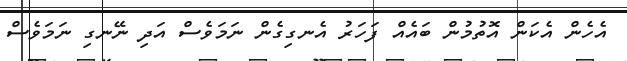
އެހެން އެކަން އޮތުމުން ބައެއް ފަހަރު އެނގިގެން ނަމަވެސް އަދި ނޭނގި ނަމަވެސް